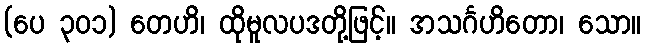
(ပေ ၃၀၁) တေဟိ၊ ထိုမူလပဒတို့ဖြင့်။ အသင်္ဂဟိတော၊ သော။